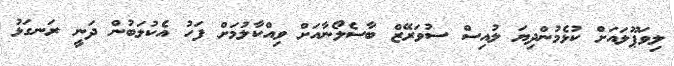
ލިވަޕޫލައަށް ކުޅެމުންދިޔަ ލުއިސް ސުވަރޭޒް ބާސެލޯނާއަށް ވިއްކާލުމަށް ފަހު އެކުލަބުން ދަނީ ރަނގަޅު